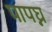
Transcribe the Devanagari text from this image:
पापघ्न